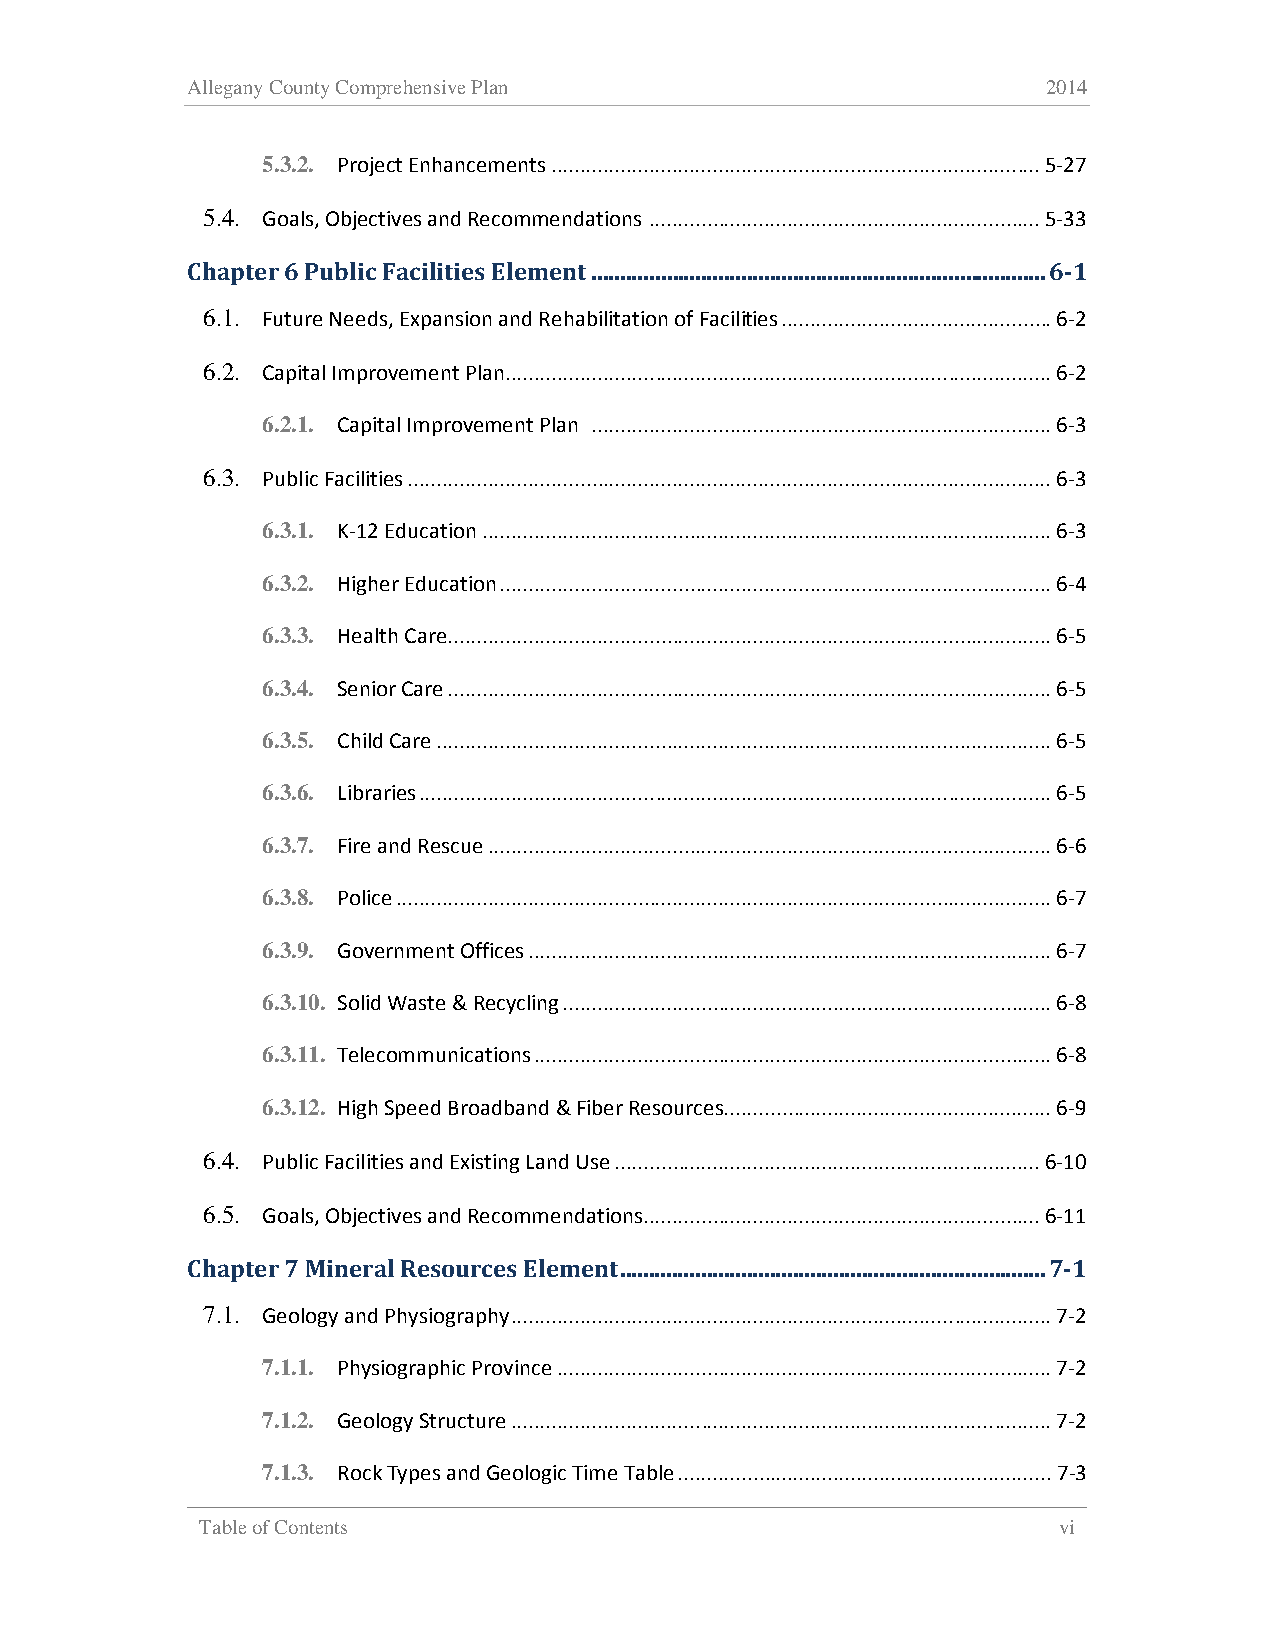
Allegany County Comprehensive Plan                       2014
 5.3.2. Project Enhancements ..................................................................................... 5-27
 5.4. Goals, Objectives and Recommendations .................................................................... 5-33
 Chapter 6 Public Facilities Element ............................................................................... 6-1
 6.1. Future Needs, Expansion and Rehabilitation of Facilities ............................................... 6-2
 6.2. Capital Improvement Plan ............................................................................................... 6-2
 6.2.1. Capital Improvement Plan ................................................................................ 6-3
 6.3. Public Facilities ................................................................................................................ 6-3
 6.3.1. K-12 Education ................................................................................................... 6-3
 6.3.2. Higher Education ................................................................................................ 6-4
 6.3.3. Health Care ......................................................................................................... 6-5
 6.3.4. Senior Care ......................................................................................................... 6-5
 6.3.5. Child Care ........................................................................................................... 6-5
 6.3.6. Libraries .............................................................................................................. 6-5
 6.3.7. Fire and Rescue .................................................................................................. 6-6
 6.3.8. Police .................................................................................................................. 6-7
 6.3.9. Government Offices ........................................................................................... 6-7
 6.3.10. Solid Waste & Recycling ..................................................................................... 6-8
 6.3.11. Telecommunications .......................................................................................... 6-8
 6.3.12. High Speed Broadband & Fiber Resources ......................................................... 6-9
 6.4. Public Facilities and Existing Land Use .......................................................................... 6-10
 6.5. Goals, Objectives and Recommendations ..................................................................... 6-11
 Chapter 7 Mineral Resources Element .......................................................................... 7-1
 7.1. Geology and Physiography .............................................................................................. 7-2
 7.1.1. Physiographic Province ...................................................................................... 7-2
 7.1.2. Geology Structure .............................................................................................. 7-2
 7.1.3. Rock Types and Geologic Time Table ................................................................. 7-3
 Table of Contents                                        vi